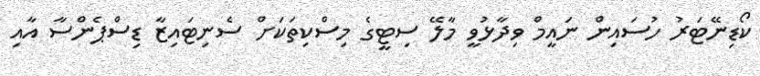
ކޯޑިނޭޓަރު ހުސައިން ނައީމް ވިދާޅުވީ މާލޭ ސިޓީގެ މިސްކިތަކަށް ސެނިޓައިޒާ ޑިސްޕެންސާ އާއި